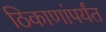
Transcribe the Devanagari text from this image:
ठिकाणांपर्यंत